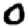
Digit: 0